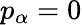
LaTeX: p_{\alpha}=0